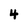
Character: 4